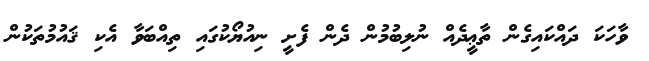
ވާހަކަ ދައްކައިގެން ތާޢީދެއް ނުލިބުމުން ދެން ފެށީ ނިއުޔޯކުގައި ތިއްބަވާ އެކި ޤައުމުތަކުން